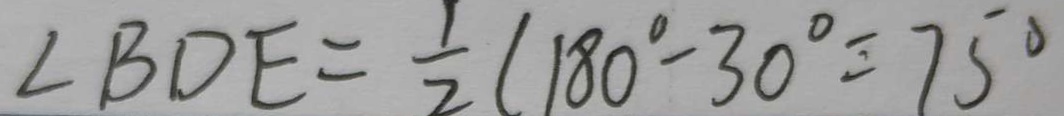
\angle B D E = \frac { 1 } { 2 } ( 1 8 0 ^ { \circ } - 3 0 ^ { \circ } = 7 5 ^ { \circ }